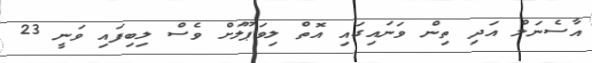
އާސެނަލް އަދި ތިން ވަނައިގައި އޮތް ލިވަޕޫލަށް ވެސް ލިބިފައި ވަނީ 23